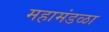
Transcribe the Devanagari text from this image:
महामंडळा